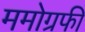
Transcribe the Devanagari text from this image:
ममोग्रफी